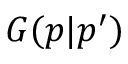
G ( \boldsymbol { p } | \boldsymbol { p } ^ { \prime } )